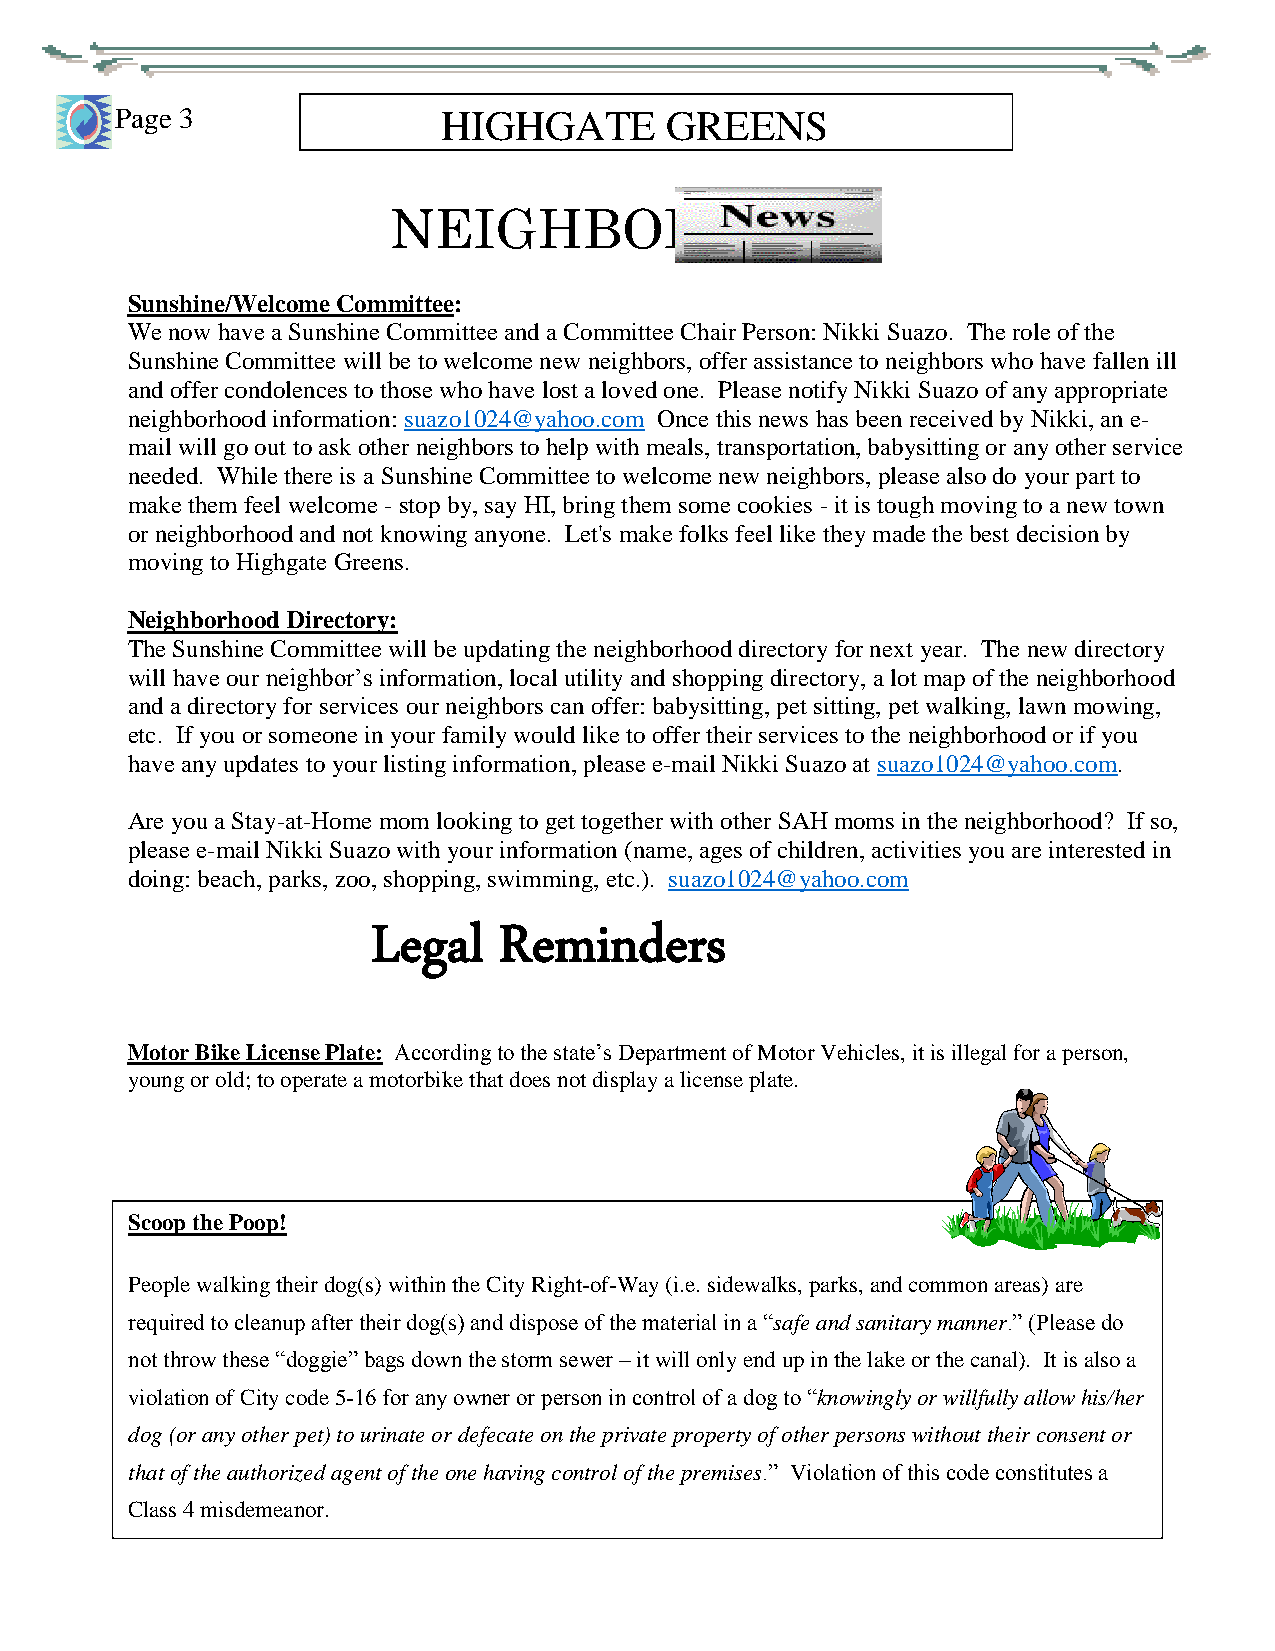
Page 3               HIGHGATE       GREENS
 NEIGHBORHOOD
 Sunsh ine/Welcome Committee:
 We no w have a Sunshine Committee and a Committee Chair Person: Nikki Suazo. The role of the
 Sunsh ine Committee will be to welcome new neighbors, offer assistance to neighbors who have fallen ill
 and offer condolences to those who have lost a loved one. Please notify Nikki Suazo of any appropriate
 neighborhood information: suazo1024@yahoo.com Once this news has been received by Nikki, an e-
 mail w ill go out to ask other neighbors to help with meals, transportation, babysitting or any other service
 needed . While there is a Sunshine Committee to welcome new neighbors, please also do your part to
 make them feel welcome - stop by, say HI, bring them some cookies - it is tough moving to a new town
 or neighborhood and not knowing anyone. Let's make folks feel like they made the best decision by
 moving to Highgate Greens.
 Neigh borhood Directory:
 The Su nshine Committee will be updating the neighborhood directory for next year. The new directory
 will have our neighbor’s information, local utility and shopping directory, a lot map of the neighborhood
 and a directory for services our neighbors can offer: babysitting, pet sitting, pet walking, lawn mowing,
 etc. If you or someone in your family would like to offer their services to the neighborhood or if you
 have a ny updates to your listing information, please e-mail Nikki Suazo at suazo1024@yahoo.com.
 Are you a Stay-at-Home mom looking to get together with other SAH moms in the neighborhood? If so,
 please e-mail Nikki Suazo with your information (name, ages of children, activities you are interested in
 doing: beach, parks, zoo, shopping, swimming, etc.). suazo1024@yahoo.com
 Legal   Reminders
 Motor Bike License Plate: According to the state’s Department of Motor Vehicles, it is illegal for a person,
 young or old; to operate a motorbike that does not display a license plate.
 Scoop the Poop!
 People walking their dog(s) within the City Right-of-Way (i.e. sidewalks, parks, and common areas) are
 require d to cleanup after their dog(s) and dispose of the material in a “safe and sanitary manner.” (Please do
 not throw these “doggie” bags down the storm sewer – it will only end up in the lake or the canal). It is also a
 violation of City code 5-16 for any owner or person in control of a dog to “knowingly or willfully allow his/her
 dog (or any other pet) to urinate or defecate on the private property of other persons without their consent or
 that of the authorized agent of the one having control of the premises.” Violation of this code constitutes a
 Class 4 misdemeanor.